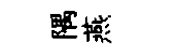
隅燕